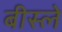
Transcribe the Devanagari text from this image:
बीस्ले